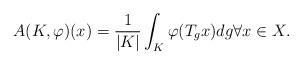
LaTeX: \begin{gather*}A(K,\varphi)(x)=\frac{1}{|K|}\int_{K}\varphi(T_gx)dg\forall x\in X.\end{gather*}